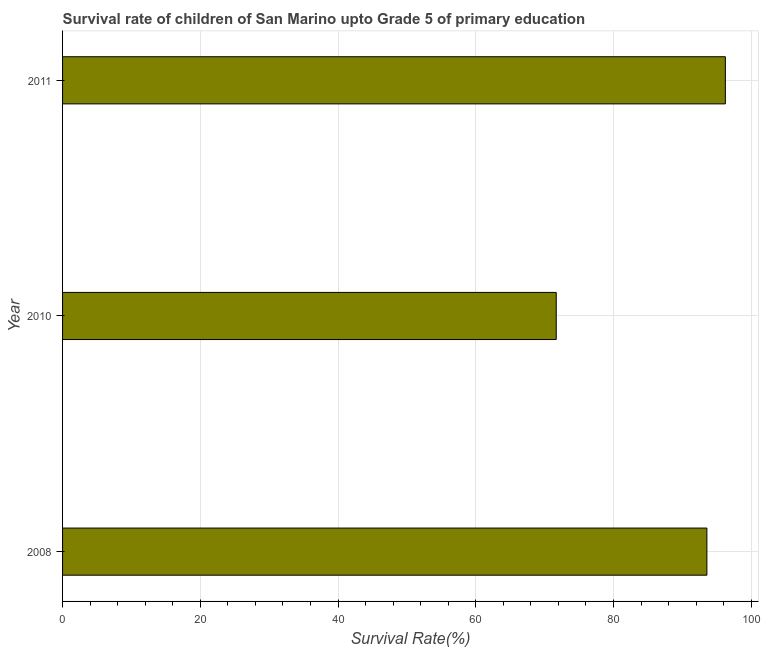
| Year | Survival rate |
 | --- | --- |
 | 2008 | 93.6 |
 | 2010 | 71.7 |
 | 2011 | 96.2 |